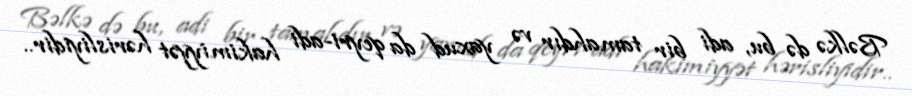
Bəlkə də bu, adi bir tamahdır və yaxud da qeyri-adi hakimiyyət hərisliyidir..